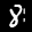
Label: 8